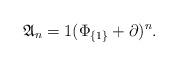
LaTeX: \begin{align*}\mathfrak A_{n}= 1(\Phi_{\{1\}} + \partial)^n.\end{align*}